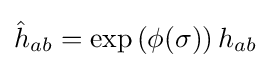
{\hat {h}}_{ab}=\exp \left(\phi (\sigma )\right)h_{ab}